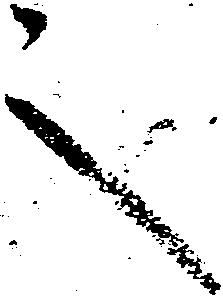
言